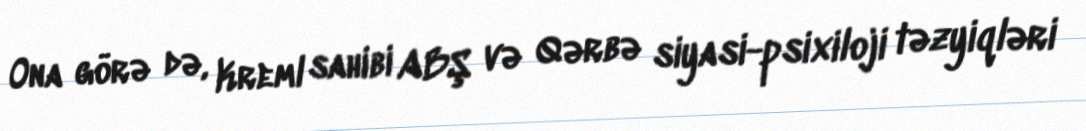
Ona görə də, Kreml sahibi ABŞ və Qərbə siyasi-psixiloji təzyiqləri